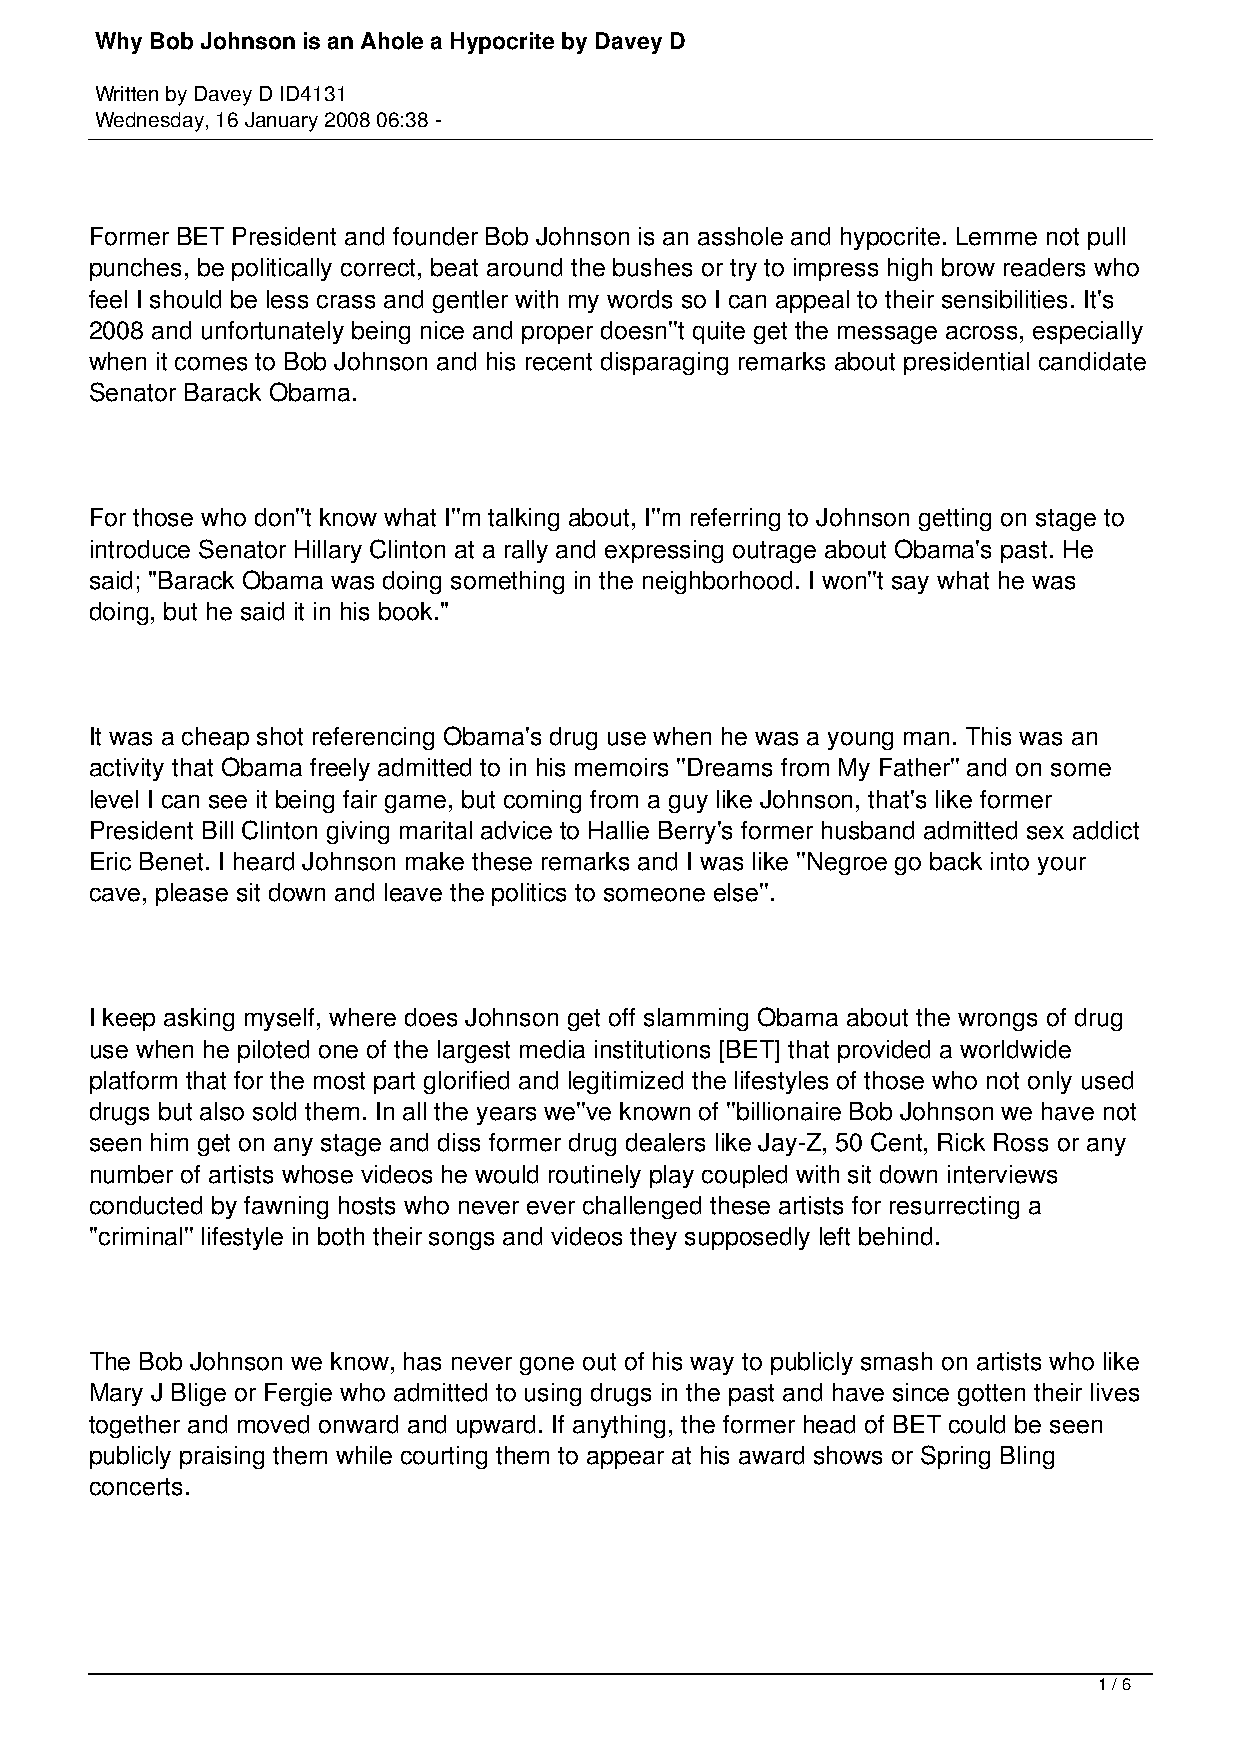
Why Bob Johnson is an Ahole a Hypocrite by Davey D
 Written by Davey D ID4131
 Wednesday, 16 January 2008 06:38 -
 Former BET President and founder Bob Johnson is an asshole and hypocrite. Lemme not pull
 punches, be politically correct, beat around the bushes or try to impress high brow readers who
 feel I should be less crass and gentler with my words so I can appeal to their sensibilities. It's
 2008 and unfortunately being nice and proper doesn''t quite get the message across, especially
 when it comes to Bob Johnson and his recent disparaging remarks about presidential candidate
 Senator Barack Obama.
 For those who don''t know what I''m talking about, I''m referring to Johnson getting on stage to
 introduce Senator Hillary Clinton at a rally and expressing outrage about Obama's past. He
 said; "Barack Obama was doing something in the neighborhood. I won''t say what he was
 doing, but he said it in his book."
 It was a cheap shot referencing Obama's drug use when he was a young man. This was an
 activity that Obama freely admitted to in his memoirs ''Dreams from My Father'' and on some
 level I can see it being fair game, but coming from a guy like Johnson, that's like former
 President Bill Clinton giving marital advice to Hallie Berry's former husband admitted sex addict
 Eric Benet. I heard Johnson make these remarks and I was like ''Negroe go back into your
 cave, please sit down and leave the politics to someone else''.
 I keep asking myself, where does Johnson get off slamming Obama about the wrongs of drug
 use when he piloted one of the largest media institutions [BET] that provided a worldwide
 platform that for the most part glorified and legitimized the lifestyles of those who not only used
 drugs but also sold them. In all the years we''ve known of ''billionaire Bob Johnson we have not
 seen him get on any stage and diss former drug dealers like Jay-Z, 50 Cent, Rick Ross or any
 number of artists whose videos he would routinely play coupled with sit down interviews
 conducted by fawning hosts who never ever challenged these artists for resurrecting a
 ''criminal'' lifestyle in both their songs and videos they supposedly left behind.
 The Bob Johnson we know, has never gone out of his way to publicly smash on artists who like
 Mary J Blige or Fergie who admitted to using drugs in the past and have since gotten their lives
 together and moved onward and upward. If anything, the former head of BET could be seen
 publicly praising them while courting them to appear at his award shows or Spring Bling
 concerts.
 1 / 6